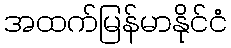
အထက်မြန်မာနိုင်ငံ